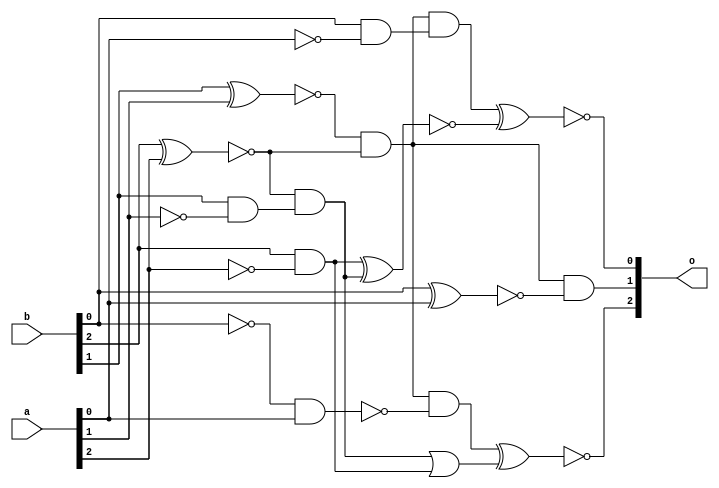
`timescale 1ns / 1ps
//////////////////////////////////////////////////////////////////////////////////
// Company: 
// Engineer: 
// 
// Design Name: 
// Module Name:    comparator3bits 
// Project Name: 
// Target Devices: 
// Tool versions: 
// Description: 
//
// Dependencies: 
//
// Revision: 
// Revision 0.01 - File Created
// Additional Comments: 
//
//////////////////////////////////////////////////////////////////////////////////
module comparator3bits(
    input[2:0] a,
    input[2:0] b,
    output[2:0] o
    );
	 wire x1, x2, x3,
	 an1, an2, an3,
	 an4, an5, an6,
	 an7, na0, na1,
	 na2, nb0, x4,an8
	 , notan4, or1;
	 
	 not(na0, a[0]);
	 not(na1, a[1]);
	 not(na2, a[2]);
	 not(nb0, b[0]);
	 
	 xnor(x1, b[1], a[1]);
	 xnor(x2, b[2], a[2]);
	 xnor(x3, b[0], a[0]);
	 
	 and(an1, b[0], na0);
    and(an2, b[2], na2);
	 and(an3, b[1], na1);
	 and(an4, nb0, a[0]);
	 
	 and(an5, x1, x2);
	 and(an6, x2, an3);
	 
    and(an7, an5, an1);
	 xnor(x4, an2, an6);
	 and(o[1], an5, x3);
	 
	 not(notan4, an4);
	 and(an8, an5, notan4);
	 
	 or(or1, an6, an2);
	 
	 xnor(o[0], an7, x4);
	 xnor(o[2], an8, or1);
endmodule